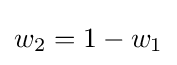
w_{2}=1-w_{1}